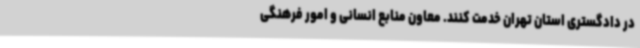
در دادگستری استان تهران خدمت کنند. معاون منابع انسانی و امور فرهنگی